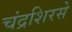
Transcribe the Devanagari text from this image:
चंद्रशिरसे